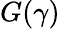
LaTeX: G(\gamma)